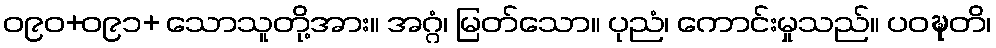
ဝ၉၀+ဝ၉၁+ သောသူတို့အား။ အဂ္ဂံ၊ မြတ်သော။ ပုညံ၊ ကောင်းမှုသည်။ ပဝဍ္ဎတိ၊